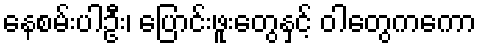
နေစမ်းပါဦး၊ ပြောင်းဖူးတွေနှင့် ဝါတွေကကော